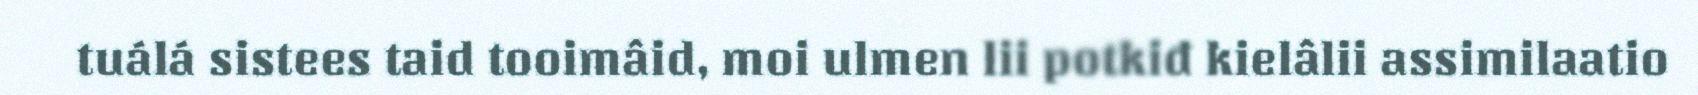
tuálá sistees taid tooimâid, moi ulmen lii potkiđ kielâlii assimilaatio